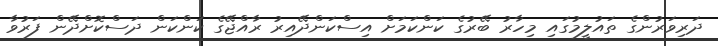
ދަރިވަރުންގެ ތައުލީމުގައި މިހާރު ބޭރުގެ ކަންކަމަށް އިސްކަންދޭއިރު ރާއްޖޭގެ ކަންކަން ދަސްކޮށްދޭން ފަރުވާ